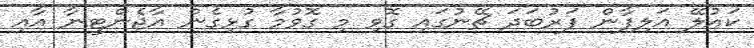
ކައުލޭ އަލިފާން ފަރުބަދަ ޗޭނުގައި ގޮވި މި ގޮވުމާ ގުޅިގެން އާޖެންޓީނާ އާއި